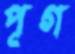
পূগ